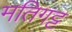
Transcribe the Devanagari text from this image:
मतिगट्ट